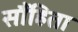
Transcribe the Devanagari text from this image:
सौंहिता